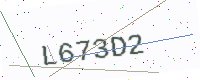
Text: L673D2